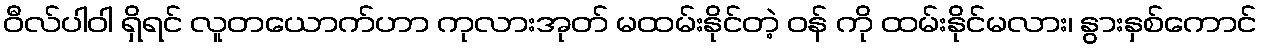
ဝီလ်ပါဝါ ရှိရင် လူတယောက်ဟာ ကုလားအုတ် မထမ်းနိုင်တဲ့ ဝန် ကို ထမ်းနိုင်မလား၊ နွားနှစ်ကောင်